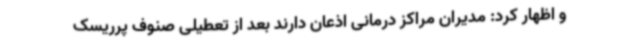
و اظهار کرد: مدیران مراکز درمانی اذعان دارند بعد از تعطیلی صنوف پرریسک